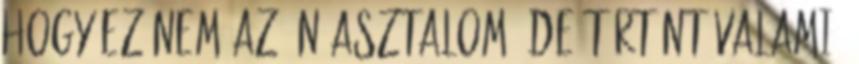
hogy ez nem az én asztalom. De történt valami,